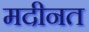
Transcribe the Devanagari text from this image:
मदीनत